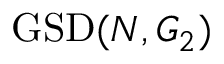
\mathrm { G S D } ( N , G _ { 2 } )